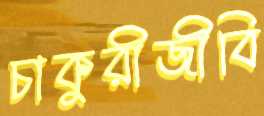
চাকুরীজীবি